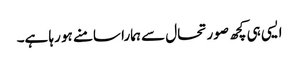
ایسی ہی کچھ صورتحال سے ہمارا سامنے ہو رہا ہے۔